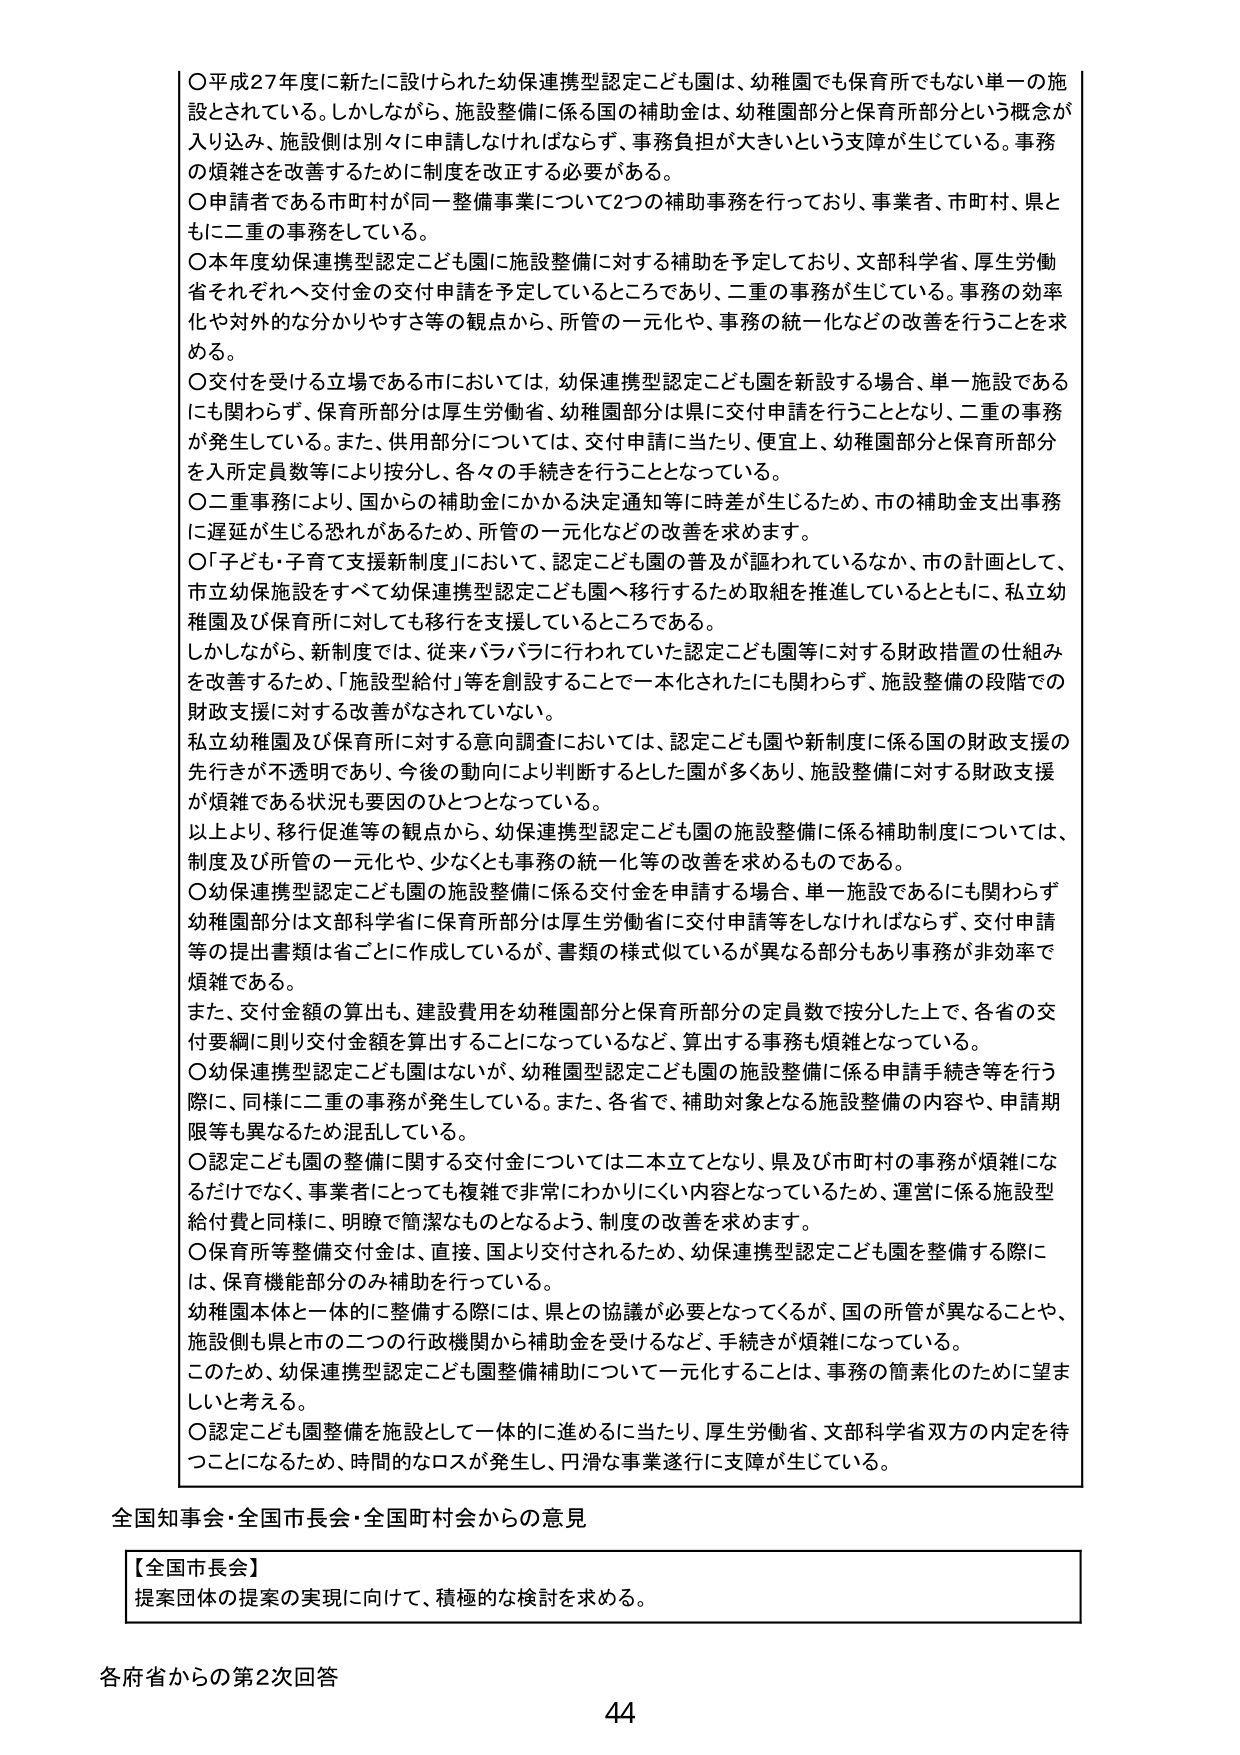
〇平成27年度に新たに設けられた幼保連携型認定こども園は、幼稚園でも保育所でもない単一の施設とされている。しかしながら、施設整備に係る国の補助金は、幼稚園部分と保育所部分という概念が入り込み、施設側は別々に申請しなければならず、事務負担が大きいという支障が生じている。事務の煩雑さを改善するために制度を改正する必要がある。

〇申請者である市町村が同一整備事業について2つの補助事務を行っており、事業者、市町村、県ともに二重の事務をしている。

〇本年度幼保連携型認定こども園に施設整備に対する補助を予定しており、文部科学省、厚生労働省それぞれへ交付金の交付申請を予定しているところであり、二重の事務が生じている。事務の効率化や対外的な分かりやすさ等の観点から、所管の一元化や、事務の統一化などの改善を行うことを求める。

〇交付を受ける立場である市においては、幼保連携型認定こども園を新設する場合、単一施設であるにも関わらず、保育所部分は厚生労働省、幼稚園部分は県に交付申請を行うこととなり、二重の事務が発生している。また、併用部分については、交付申請に当たり、便宜上、幼稚園部分と保育所部分を入所定員数等により按分し、各々の手続きを行うこととなっている。

〇二重事務により、国からの補助金にかかる決定通知等に時差が生じるため、市の補助金支出事務に遅延が生じる恐れがあるため、所管の一元化などの改善を求めます。

〇「子ども・子育て支援新制度」において、認定こども園の普及が謳われているなか、市の計画として、市立幼保施設をすべて幼保連携型認定こども園へ移行するため取組を推進しているとともに、私立幼稚園及び保育所に対しても移行を支援しているところである。

しかしながら、新制度では、従来バラバラに行われていた認定こども園等に対する財政措置の仕組みを改善するため、「施設型給付」等を創設することで一本化されたにも関わらず、施設整備の段階での財政支援に対する改善がなされていない。

私立幼稚園及び保育所に対する意向調査においては、認定こども園や新制度に係る国の財政支援の先行きが不透明であり、今後の動向により判断するとした園が多くあり、施設整備に対する財政支援が煩雑である状況も要因のひとつとなっている。

以上より、移行促進等の観点から、幼保連携型認定こども園の施設整備に係る補助制度については、制度及び所管の一元化や、少なくとも事務の統一化等の改善を求めるものである。

〇幼保連携型認定こども園の施設整備に係る交付金を申請する場合、単一施設であるにも関わらず幼稚園部分は文部科学省に保育所部分は厚生労働省に交付申請等をしなければならず、交付申請等の提出書類は省ごとに作成しているが、書類の様式似ているが異なる部分もあり事務が非効率で煩雑である。

また、交付金額の算出も、建設費用を幼稚園部分と保育所部分の定員数で按分した上で、各省の交付要綱に則り交付金額を算出することになっているなど、算出する事務も煩雑となっている。

〇幼保連携型認定こども園はないが、幼稚園型認定こども園の施設整備に係る申請手続き等を行う際に、同様に二重の事務が発生している。また、各省で、補助対象となる施設整備の内容や、申請期限等も異なるため混乱している。

〇認定こども園の整備に関する交付金については二本立てとなり、県及び市町村の事務が煩雑になるだけでなく、事業者にとっても複雑で非常にわかりにくい内容となっているため、運営に係る施設型給付費と同様に、明瞭で簡潔なものとなるよう、制度の改善を求めます。

〇保育所等整備交付金は、直接、国より交付されるため、幼保連携型認定こども園を整備する際には、保育機能部分のみ補助を行っている。

幼稚園本体と一体的に整備する際には、県との協議が必要となってくるが、国の所管が異なることや、施設側も県と市の二つの行政機関から補助金を受けるなど、手続きが煩雑になっている。

このため、幼保連携型認定こども園整備補助について一元化することは、事務の簡素化のために望ましいと考える。

〇認定こども園整備を施設として一体的に進めるに当たり、厚生労働省、文部科学省双方の内定を待つことになるため、時間的なロスが発生し、円滑な事業遂行に支障が生じている。

全国知事会・全国市長会・全国町村会からの意見

【全国市長会】
提案団体の提案の実現に向けて、積極的な検討を求める。

各府省からの第2次回答

44